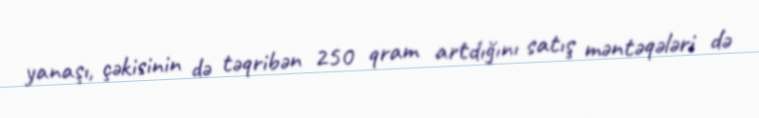
yanaşı, çəkisinin də təqribən 250 qram artdığını satış məntəqələri də